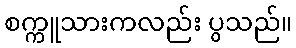
စက္ကူသားကလည်း ပွသည်။